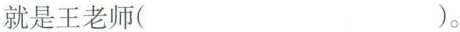
就是王老师( )。